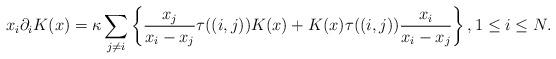
LaTeX: \begin{align*}x_{i}\partial_{i}K(x) =\kappa\sum_{j\neq i}\left\{ \frac{x_{j}}{x_{i}-x_{j}}\tau((i,j)) K(x) +K(x) \tau((i,j)) \frac{x_{i}}{x_{i}-x_{j}}\right\} , 1\leq i\leq N.\end{align*}